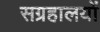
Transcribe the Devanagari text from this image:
सग्रहालयों